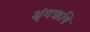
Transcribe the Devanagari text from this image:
श्रृंगऋषि